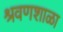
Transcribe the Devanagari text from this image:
श्रवणशाळा